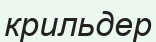
крильдер